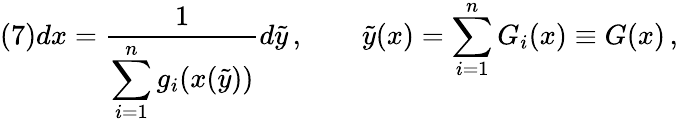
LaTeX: (7)dx=\frac 1{\displaystyle\sum_{i=1}^{n}g_{i}(x(\tilde{y}))}d\tilde{y}\, ,\qquad\tilde{y}(x)=\sum_{i=1}^{n}G_{i}(x)\equiv G(x)\, ,